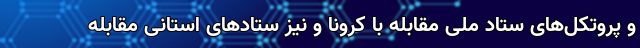
و پروتکل‌های ستاد ملی مقابله با کرونا و نیز ستادهای استانی مقابله